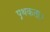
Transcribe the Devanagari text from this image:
पृथकता।